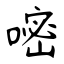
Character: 嘧